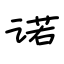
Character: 诺